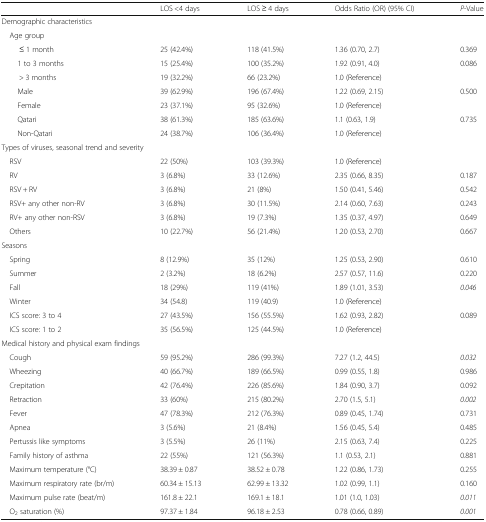
<table><thead><tr><td></td><td><b>LOS &lt;4 days</b></td><td><b>LOS ≥ 4 days</b></td><td><b>Odds Ratio (OR) (95% CI)</b></td><td><b><i>P</i>-Value</b></td></tr></thead><tbody><tr><td colspan="5">Demographic characteristics</td></tr><tr><td colspan="5"> Age group</td></tr><tr><td>≤ 1 month</td><td>25 (42.4%)</td><td>118 (41.5%)</td><td>1.36 (0.70, 2.7)</td><td>0.369</td></tr><tr><td>1 to 3 months</td><td>15 (25.4%)</td><td>100 (35.2%)</td><td>1.92 (0.91, 4.0)</td><td>0.086</td></tr><tr><td>&gt; 3 months</td><td>19 (32.2%)</td><td>66 (23.2%)</td><td>1.0 (Reference)</td><td></td></tr><tr><td>Male</td><td>39 (62.9%)</td><td>196 (67.4%)</td><td>1.22 (0.69, 2.15)</td><td>0.500</td></tr><tr><td>Female</td><td>23 (37.1%)</td><td>95 (32.6%)</td><td>1.0 (Reference)</td><td></td></tr><tr><td>Qatari</td><td>38 (61.3%)</td><td>185 (63.6%)</td><td>1.1 (0.63, 1.9)</td><td>0.735</td></tr><tr><td>Non-Qatari</td><td>24 (38.7%)</td><td>106 (36.4%)</td><td>1.0 (Reference)</td><td></td></tr><tr><td colspan="5">Types of viruses, seasonal trend and severity</td></tr><tr><td> RSV</td><td>22 (50%)</td><td>103 (39.3%)</td><td>1.0 (Reference)</td><td></td></tr><tr><td> RV</td><td>3 (6.8%)</td><td>33 (12.6%)</td><td>2.35 (0.66, 8.35)</td><td>0.187</td></tr><tr><td> RSV + RV</td><td>3 (6.8%)</td><td>21 (8%)</td><td>1.50 (0.41, 5.46)</td><td>0.542</td></tr><tr><td> RSV+ any other non-RV</td><td>3 (6.8%)</td><td>30 (11.5%)</td><td>2.14 (0.60, 7.63)</td><td>0.243</td></tr><tr><td> RV+ any other non-RSV</td><td>3 (6.8%)</td><td>19 (7.3%)</td><td>1.35 (0.37, 4.97)</td><td>0.649</td></tr><tr><td> Others</td><td>10 (22.7%)</td><td>56 (21.4%)</td><td>1.20 (0.53, 2.70)</td><td>0.667</td></tr><tr><td colspan="5">Seasons</td></tr><tr><td> Spring</td><td>8 (12.9%)</td><td>35 (12%)</td><td>1.25 (0.53, 2.90)</td><td>0.610</td></tr><tr><td> Summer</td><td>2 (3.2%)</td><td>18 (6.2%)</td><td>2.57 (0.57, 11.6)</td><td>0.220</td></tr><tr><td> Fall</td><td>18 (29%)</td><td>119 (41%)</td><td>1.89 (1.01, 3.53)</td><td><i>0.046</i></td></tr><tr><td> Winter</td><td>34 (54.8)</td><td>119 (40.9)</td><td>1.0 (Reference)</td><td></td></tr><tr><td> ICS score: 3 to 4</td><td>27 (43.5%)</td><td>156 (55.5%)</td><td>1.62 (0.93, 2.82)</td><td>0.089</td></tr><tr><td> ICS score: 1 to 2</td><td>35 (56.5%)</td><td>125 (44.5%)</td><td>1.0 (Reference)</td><td></td></tr><tr><td colspan="5">Medical history and physical exam findings</td></tr><tr><td> Cough</td><td>59 (95.2%)</td><td>286 (99.3%)</td><td>7.27 (1.2, 44.5)</td><td><i>0.032</i></td></tr><tr><td> Wheezing</td><td>40 (66.7%)</td><td>189 (66.5%)</td><td>0.99 (0.55, 1.8)</td><td>0.986</td></tr><tr><td> Crepitation</td><td>42 (76.4%)</td><td>226 (85.6%)</td><td>1.84 (0.90, 3.7)</td><td>0.092</td></tr><tr><td> Retraction</td><td>33 (60%)</td><td>215 (80.2%)</td><td>2.70 (1.5, 5.1)</td><td><i>0.002</i></td></tr><tr><td> Fever</td><td>47 (78.3%)</td><td>212 (76.3%)</td><td>0.89 (0.45, 1.74)</td><td>0.731</td></tr><tr><td> Apnea</td><td>3 (5.6%)</td><td>21 (8.4%)</td><td>1.56 (0.45, 5.4)</td><td>0.485</td></tr><tr><td> Pertussis like symptoms</td><td>3 (5.5%)</td><td>26 (11%)</td><td>2.15 (0.63, 7.4)</td><td>0.225</td></tr><tr><td> Family history of asthma</td><td>22 (55%)</td><td>121 (56.3%)</td><td>1.1 (0.53, 2.1)</td><td>0.881</td></tr><tr><td> Maximum temperature (°C)</td><td>38.39 ± 0.87</td><td>38.52 ± 0.78</td><td>1.22 (0.86, 1.73)</td><td>0.255</td></tr><tr><td> Maximum respiratory rate (br/m)</td><td>60.34 ± 15.13</td><td>62.99 ± 13.32</td><td>1.02 (0.99, 1.1)</td><td>0.160</td></tr><tr><td> Maximum pulse rate (beat/m)</td><td>161.8 ± 22.1</td><td>169.1 ± 18.1</td><td>1.01 (1.0, 1.03)</td><td><i>0.011</i></td></tr><tr><td> O<sub>2</sub> saturation (%)</td><td>97.37 ± 1.84</td><td>96.18 ± 2.53</td><td>0.78 (0.66, 0.89)</td><td><i>0.001</i></td></tr></tbody></table>